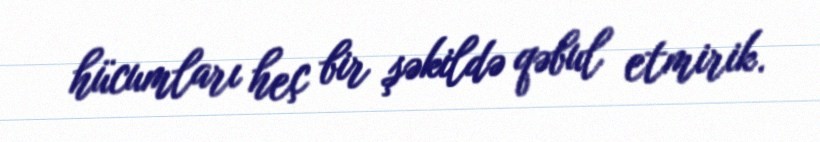
hücumları heç bir şəkildə qəbul etmirik.